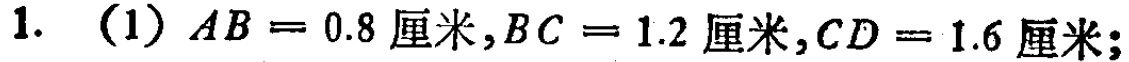
1. (1) \(AB = 0.8\text{厘米},BC = 1.2\text{厘米},CD = 1.6\text{厘米};\)